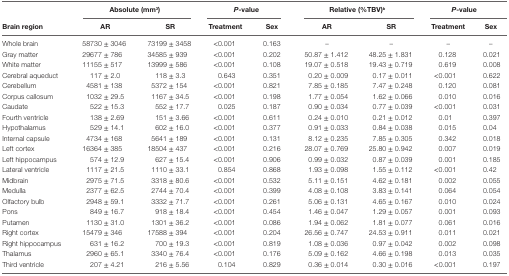
<table><thead><tr><td></td><td colspan="2"><b>Absolute (mm<sup>3</sup>)</b></td><td colspan="2"><b><i>P</i>-value</b></td><td colspan="2"><b>Relative (%TBV)<sup>b</sup></b></td><td colspan="2"><b><i>P</i>-value</b></td></tr><tr><td><b>Brain region</b></td><td><b>AR</b></td><td><b>SR</b></td><td><b>Treatment</b></td><td><b>Sex</b></td><td><b>AR</b></td><td><b>SR</b></td><td><b>Treatment</b></td><td><b>Sex</b></td></tr></thead><tbody><tr><td>Whole brain</td><td>58730 ± 3046</td><td>73199 ± 3458</td><td>&lt;0.001</td><td>0.163</td><td>–</td><td>–</td><td>–</td><td>–</td></tr><tr><td>Gray matter</td><td>29677 ± 786</td><td>34585 ± 939</td><td>&lt;0.001</td><td>0.202</td><td>50.87 ± 1.412</td><td>48.25 ± 1.831</td><td>0.128</td><td>0.021</td></tr><tr><td>White matter</td><td>11155 ± 517</td><td>13999 ± 586</td><td>&lt;0.001</td><td>0.108</td><td>19.07 ± 0.518</td><td>19.43 ± 0.719</td><td>0.619</td><td>0.008</td></tr><tr><td>Cerebral aqueduct</td><td>117 ± 2.0</td><td>118 ± 3.3</td><td>0.643</td><td>0.351</td><td>0.20 ± 0.009</td><td>0.17 ± 0.011</td><td>&lt;0.001</td><td>0.622</td></tr><tr><td>Cerebellum</td><td>4581 ± 138</td><td>5372 ± 154</td><td>&lt;0.001</td><td>0.821</td><td>7.85 ± 0.185</td><td>7.47 ± 0.248</td><td>0.120</td><td>0.081</td></tr><tr><td>Corpus callosum</td><td>1032 ± 29.5</td><td>1167 ± 34.5</td><td>&lt;0.001</td><td>0.198</td><td>1.77 ± 0.054</td><td>1.62 ± 0.066</td><td>0.010</td><td>0.016</td></tr><tr><td>Caudate</td><td>522 ± 15.3</td><td>552 ± 17.7</td><td>0.025</td><td>0.187</td><td>0.90 ± 0.034</td><td>0.77 ± 0.039</td><td>&lt;0.001</td><td>0.031</td></tr><tr><td>Fourth ventricle</td><td>138 ± 2.69</td><td>151 ± 3.66</td><td>&lt;0.001</td><td>0.611</td><td>0.24 ± 0.010</td><td>0.21 ± 0.012</td><td>0.01</td><td>0.397</td></tr><tr><td>Hypothalamus</td><td>529 ± 14.1</td><td>602 ± 16.0</td><td>&lt;0.001</td><td>0.377</td><td>0.91 ± 0.033</td><td>0.84 ± 0.038</td><td>0.015</td><td>0.04</td></tr><tr><td>Internal capsule</td><td>4734 ± 168</td><td>5641 ± 189</td><td>&lt;0.001</td><td>0.131</td><td>8.12 ± 0.235</td><td>7.85 ± 0.305</td><td>0.342</td><td>0.018</td></tr><tr><td>Left cortex</td><td>16364 ± 385</td><td>18504 ± 437</td><td>&lt;0.001</td><td>0.216</td><td>28.07 ± 0.769</td><td>25.80 ± 0.942</td><td>0.007</td><td>0.019</td></tr><tr><td>Left hippocampus</td><td>574 ± 12.9</td><td>627 ± 15.4</td><td>&lt;0.001</td><td>0.906</td><td>0.99 ± 0.032</td><td>0.87 ± 0.039</td><td>0.001</td><td>0.185</td></tr><tr><td>Lateral ventricle</td><td>1117 ± 21.5</td><td>1110 ± 33.1</td><td>0.854</td><td>0.868</td><td>1.93 ± 0.098</td><td>1.55 ± 0.112</td><td>&lt;0.001</td><td>0.42</td></tr><tr><td>Midbrain</td><td>2975 ± 71.5</td><td>3318 ± 80.6</td><td>&lt;0.001</td><td>0.532</td><td>5.11 ± 0.151</td><td>4.62 ± 0.181</td><td>0.002</td><td>0.055</td></tr><tr><td>Medulla</td><td>2377 ± 62.5</td><td>2744 ± 70.4</td><td>&lt;0.001</td><td>0.399</td><td>4.08 ± 0.108</td><td>3.83 ± 0.141</td><td>0.064</td><td>0.054</td></tr><tr><td>Olfactory bulb</td><td>2948 ± 59.1</td><td>3332 ± 71.7</td><td>&lt;0.001</td><td>0.261</td><td>5.06 ± 0.131</td><td>4.65 ± 0.167</td><td>0.010</td><td>0.024</td></tr><tr><td>Pons</td><td>849 ± 16.7</td><td>918 ± 18.4</td><td>&lt;0.001</td><td>0.454</td><td>1.46 ± 0.047</td><td>1.29 ± 0.057</td><td>0.001</td><td>0.093</td></tr><tr><td>Putamen</td><td>1130 ± 31.0</td><td>1301 ± 36.2</td><td>&lt;0.001</td><td>0.086</td><td>1.94 ± 0.062</td><td>1.81 ± 0.077</td><td>0.061</td><td>0.016</td></tr><tr><td>Right cortex</td><td>15479 ± 346</td><td>17588 ± 394</td><td>&lt;0.001</td><td>0.204</td><td>26.56 ± 0.747</td><td>24.53 ± 0.911</td><td>0.011</td><td>0.021</td></tr><tr><td>Right hippocampus</td><td>631 ± 16.2</td><td>700 ± 19.3</td><td>&lt;0.001</td><td>0.819</td><td>1.08 ± 0.036</td><td>0.97 ± 0.042</td><td>0.002</td><td>0.098</td></tr><tr><td>Thalamus</td><td>2960 ± 65.1</td><td>3340 ± 76.4</td><td>&lt;0.001</td><td>0.176</td><td>5.09 ± 0.162</td><td>4.66 ± 0.198</td><td>0.013</td><td>0.035</td></tr><tr><td>Third ventricle</td><td>207 ± 4.21</td><td>216 ± 5.56</td><td>0.104</td><td>0.829</td><td>0.36 ± 0.014</td><td>0.30 ± 0.016</td><td>&lt;0.001</td><td>0.197</td></tr></tbody></table>